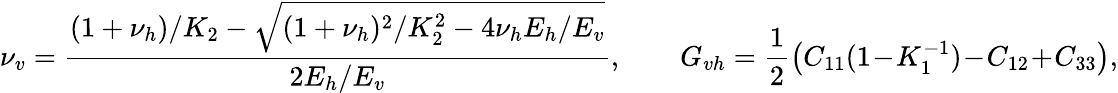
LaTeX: \nu_{v}=\frac{(1+\nu_{h})/K_{2}-\sqrt{(1+\nu_{h})^{2}/K_{2}^{2}-4\nu_{h}E_{h}/E_{v}}}{2E_{h}/E_{v}},\qquad G_{vh}=\frac{1}{2}\bigl(C_{11}(1\! -\! K_{1}^{-1})\! -\! C_{12}\! +\! C_{33}\bigr),